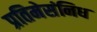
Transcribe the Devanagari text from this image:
प्रतिमेसंनिध